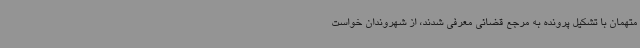
متهمان با تشکیل پرونده به مرجع قضائی معرفی شدند، از شهروندان خواست